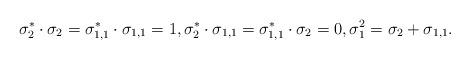
LaTeX: \begin{align*}\sigma_2^\ast \cdot \sigma_2 = \sigma_{1,1}^\ast \cdot \sigma_{1,1} = 1, \sigma_2^\ast \cdot \sigma_{1,1} = \sigma_{1,1}^\ast \cdot \sigma_2 = 0, \sigma_1^2 = \sigma_2 + \sigma_{1,1}.\end{align*}